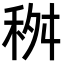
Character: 𥞢